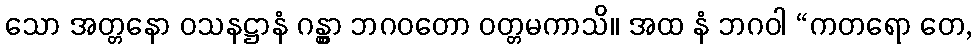
သော အတ္တနော ဝသနဋ္ဌာနံ ဂန္တွာ ဘဂဝတော ဝတ္တမကာသိ။ အထ နံ ဘဂဝါ “ကတရော တေ,